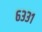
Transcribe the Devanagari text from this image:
६३३१